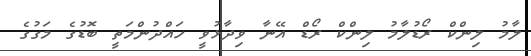
ލާމު ލިންކް ރޯޑުލާމު ލިންކް ރޯޑް އޭނާ ވިދާޅުވީ ހައްދުންމަތީ ބޮޑުގެ މަގުގެ